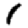
Digit: 1